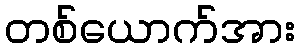
တစ်ယောက်အား